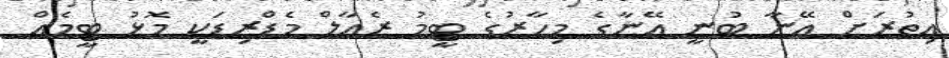
އިތުރަށް އޭނާ ބުނީ އޭނާގެ މިހާރުގެ ޓީމު ރެއާލް މެޑްރިޑަކީ މޮޅު ޓީމެއް